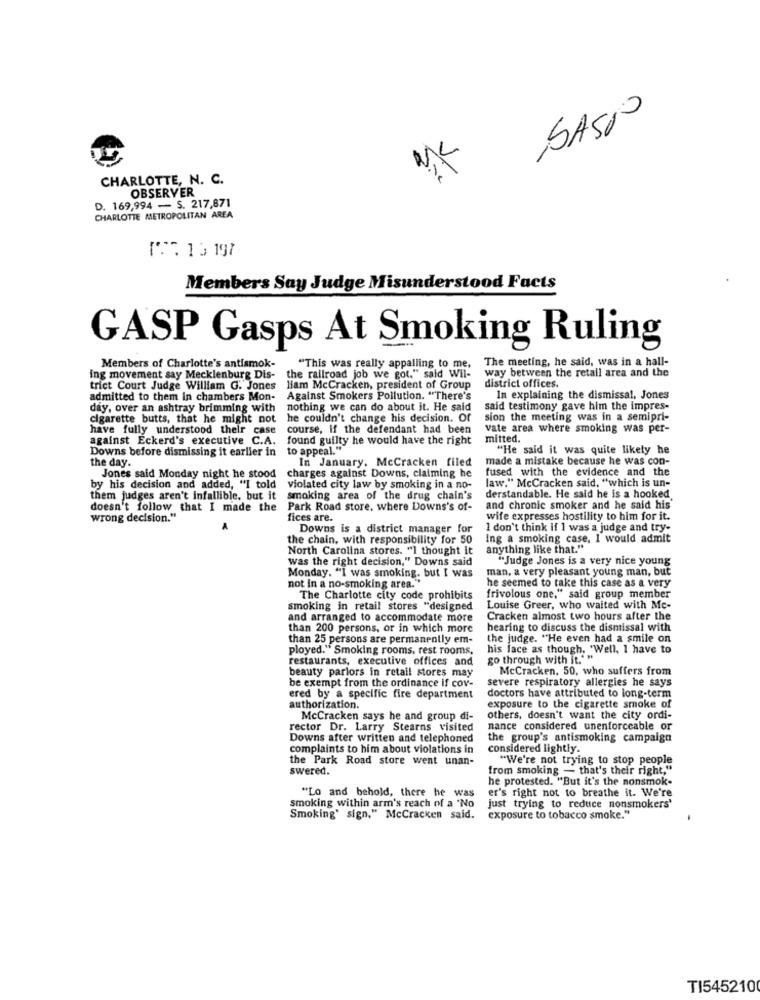
CHARLOTTE, N. C.
OBSERVER
D. 169,994 - S. 217,871
CHARLOTTE METROPOLITAN AREA
17 15 197
Members Say Judge Misunderstood Facts
GASP Gasps At Smoking Ruling
The meeting, he said, was in a hall-
Members of Charlotte's antismok-
"This was really appalling to me,
way between the retall area and the
ing movement say Mecklenburg Dis-
the railroad job we got." said Wil-
district offices.
trict Court Judge William G. Jones
liam McCracken, president of Group
admitted to them in chambers Mon-
Against Smokers Pollution. "There's
In explaining the dismissal, Jones
day, over an ashtray brimming with
nothing we can do about it. He said
said testimony gave him the impres-
cigarette butts, that he might not
he couldn't change his decision. Of
sion the meeting was in a semipri-
have fully understood their case
course, if the defendant had been
vate area where smoking was per-
against Eckerd's executive C.A. found guilty he would have the right
mitted.
Downs before dismissing it earlier in to appeal.""
"He said it was quite likely he
the day.
In January. McCracken filed
made a mistake because he was con-
fused with the evidence and the
Jones said Monday night he stood
charges against Downs, claiming he
law." McCracken said, "which is un-
by his decision and added, "I told violated city law by smoking in a no-
them judges aren't infallible, but it smoking area of the drug chain's
derstandable. He said he is a hooked
doesn't follow that I made the Park Road store, where Downs's of-
and chronic smoker and he said his
wrong decision."
fices are.
wife expresses hostility to him for it.
Downs is a district manager for
I don't think if I was a judge and try-
the chain, with responsibility for 50
Ing a smoking case, I would admit
North Carolina stores. "1 thought it
anything like that."
was the right decision," Downs said
"Judge Jones is a very nice young
man, a very pleasant young man, but
Monday. "I was smoking, but I was
not in a no-smoking area."
he seemed to take this case as a very
The Charlotte city code prohibits
frivolous one," said group member
smoking in retail stores "designed
Louise Greer, who waited with Mc-
and arranged to accommodate more
Cracken almost two hours after the
than 200 persons, or in which more
hearing to discuss the dismissal with
than 25 persons are permanently em-
the judge. "He even had a smile on
ployed." Smoking rooms, rest rooms,
his face as though. "Well, 1 have to
restaurants, executive offices and
go through with it.""
beauty parlors in retail stores may
McCracken, 50, who suffers from
be exempt from the ordinance if cov-
severe respiratory allergies he says
ered by a specific fire department
doctors have attributed to long-term
authorization.
exposure to the cigarette smoke of
McCracken says he and group di-
others, doesn't want the city ordi-
rector Dr. Larry Stearns visited
nance considered unenforceable or
Downs after written and telephoned
the group's antismoking campaign
complaints to him about violations in
considered lightly.
the Park Road store went unan-
"We're not trying to stop people
swered.
from smoking - that's their right,"
he protested. "But it's the nonsmok-
er's right not to breathe it. We're
"Lo and behold, there he was
smoking within arm's reach of a "No
just trying to reduce nonsmokers'
Smoking' sign," McCracken said.
exposure to tobacco smoke."
TI545210